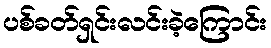
ပစ်ခတ်ရှင်းလင်းခဲ့ကြောင်း